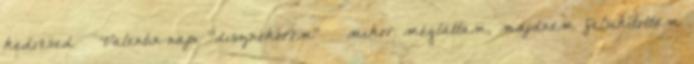
kedvesed 🙂 Valentin-napi “disznóköröm” – mikor megláttam, majdnem felsikítottam